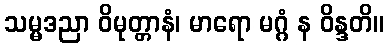
သမ္မဒညာ ဝိမုတ္တာနံ၊ မာရော မဂ္ဂံ န ဝိန္ဒတိ။